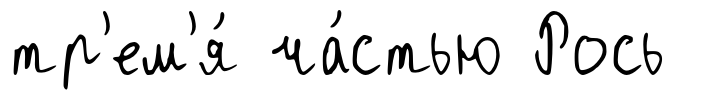
тр'ем'я́ ча́стью Рось